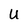
Character: U